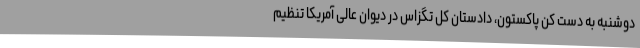
دوشنبه به دست کن پاکستون، دادستان کل تگزاس در دیوان عالی آمریکا تنظیم